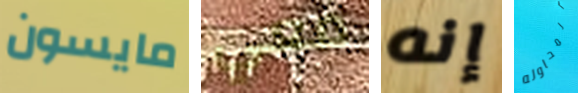
مايسون معي إنه المحاوله